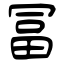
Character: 冨